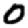
Digit: 0